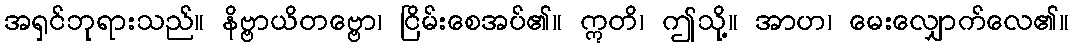
အရှင်ဘုရားသည်။ နိဗ္ဗာယိတဗ္ဗော၊ ငြိမ်းစေအပ်၏။ ဣတိ၊ ဤသို့။ အာဟ၊ မေးလျှောက်လေ၏။